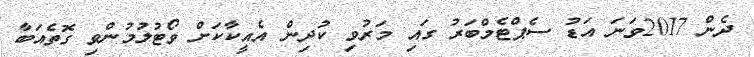
ދެން 2017ވަނަ އަޑު ސެޕްޓެމްބަރު ގައި މަރުވި ކުދިން އެއީކާކަށް ވޯޓުލުމުންވި ގޮތެއަބާ